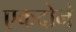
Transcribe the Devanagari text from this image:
एकदोनं